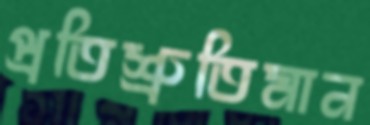
প্রতিশ্রুতিমান